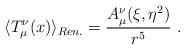
LaTeX: \begin{align*}\langle T_\mu^\nu(x)\rangle_{Ren.}=\frac{A_\mu^\nu(\xi,\eta^2)}{r^5} \ .\end{align*}